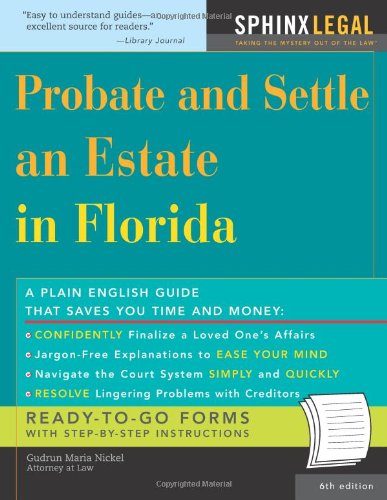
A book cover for Probate and Settle an Estate in Florida, 6E (Legal Survival Guides); Gudrun Nickel; Law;